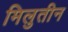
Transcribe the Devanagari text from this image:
मिलुतीन